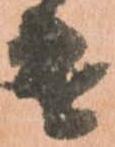
遣